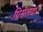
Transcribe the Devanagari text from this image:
ग्रिसेलदा